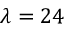
\lambda = 2 4